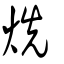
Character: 烍